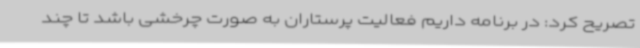
تصریح کرد: در برنامه داریم فعالیت پرستاران به صورت چرخشی باشد تا چند